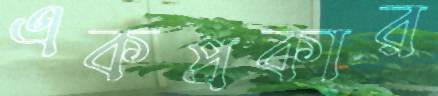
একপ্রকার